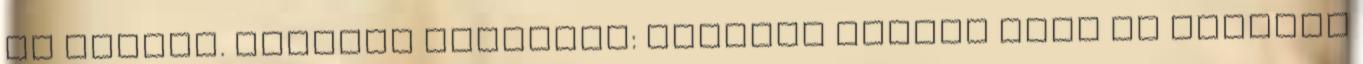
is megyek. Remelem utoljara: Először vagyok ezen az oldalon